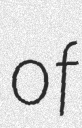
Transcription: of